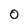
Character: 0